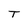
Character: T